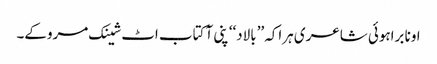
اونا براہوئی شاعری ہراکہ ’’بالاد‘‘ پنی آ کتاب اٹ شینک مروکے۔